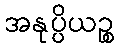
အနုပ္ပိယဉ္စ